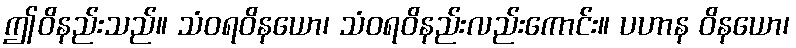
ဤဝိနည်းသည်။ သံဝရဝိနယော၊ သံဝရဝိနည်းလည်းကောင်း။ ပဟာန ဝိနယော၊